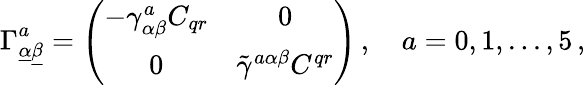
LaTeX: \Gamma_{\underline{{\alpha}}\underline{{\beta}}}^{a}=\left(\begin{array}{cc}{{-\gamma_{\alpha\beta}^{a}C_{qr}}}&{{0}}\\ {{0}}&{{\tilde{\gamma}^{a\alpha\beta}C^{qr}}}\end{array}\right)\, ,\quad a=0,1,...,5\, ,